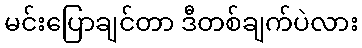
မင်းပြောချင်တာ ဒီတစ်ချက်ပဲလား